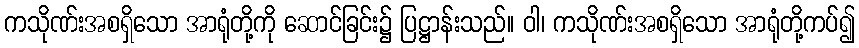
ကသိုဏ်းအစရှိသော အာရုံတို့ကို ဆောင်ခြင်း၌ ပြဋ္ဌာန်းသည်။ ဝါ၊ ကသိုဏ်းအစရှိသော အာရုံတို့ကပ်၍